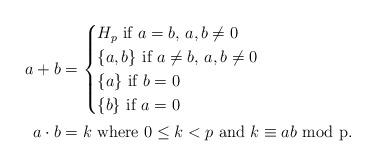
LaTeX: \begin{align*} a+b&= \begin{cases}H_p\mbox{ if }a=b,\,a,b\ne0 \\ \{a,b\} \mbox{ if }a\ne b,\,a,b\ne0 \\ \{a\} \mbox{ if }b=0 \\ \{b\}\mbox{ if }a=0 \end{cases} \\ a\cdot b&=k\mbox{ where }0\le k<p\mbox{ and }k\equiv ab\mbox{ mod p}.\end{align*}